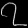
Digit: ၇